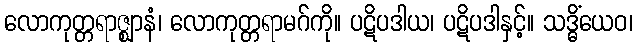
လောကုတ္တရာဇ္ဈာနံ၊ လောကုတ္တရာမဂ်ကို။ ပဋိပဒါယ၊ ပဋိပဒါနှင့်။ သဒ္ဓိံယေဝ၊